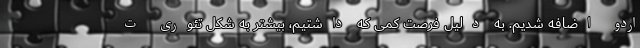
اردو اضافه شدیم. به دلیل فرصت کمی که داشتیم، بیشتر به شکل تئوری ت